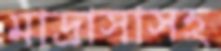
মাদ্রাসাসহ